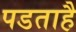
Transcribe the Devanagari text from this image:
पडताहै